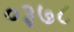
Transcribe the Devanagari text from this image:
०३७८